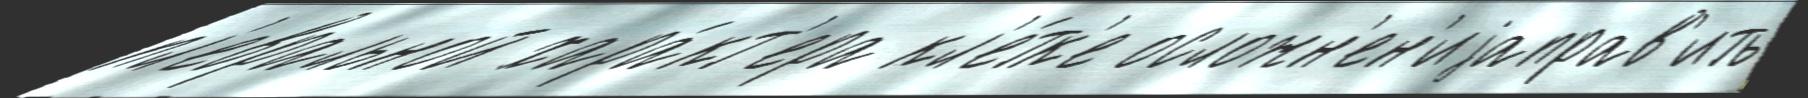
пл'евральной хара́кт'ера кл'е́тк'е осложн'ен'иjаправ'ить